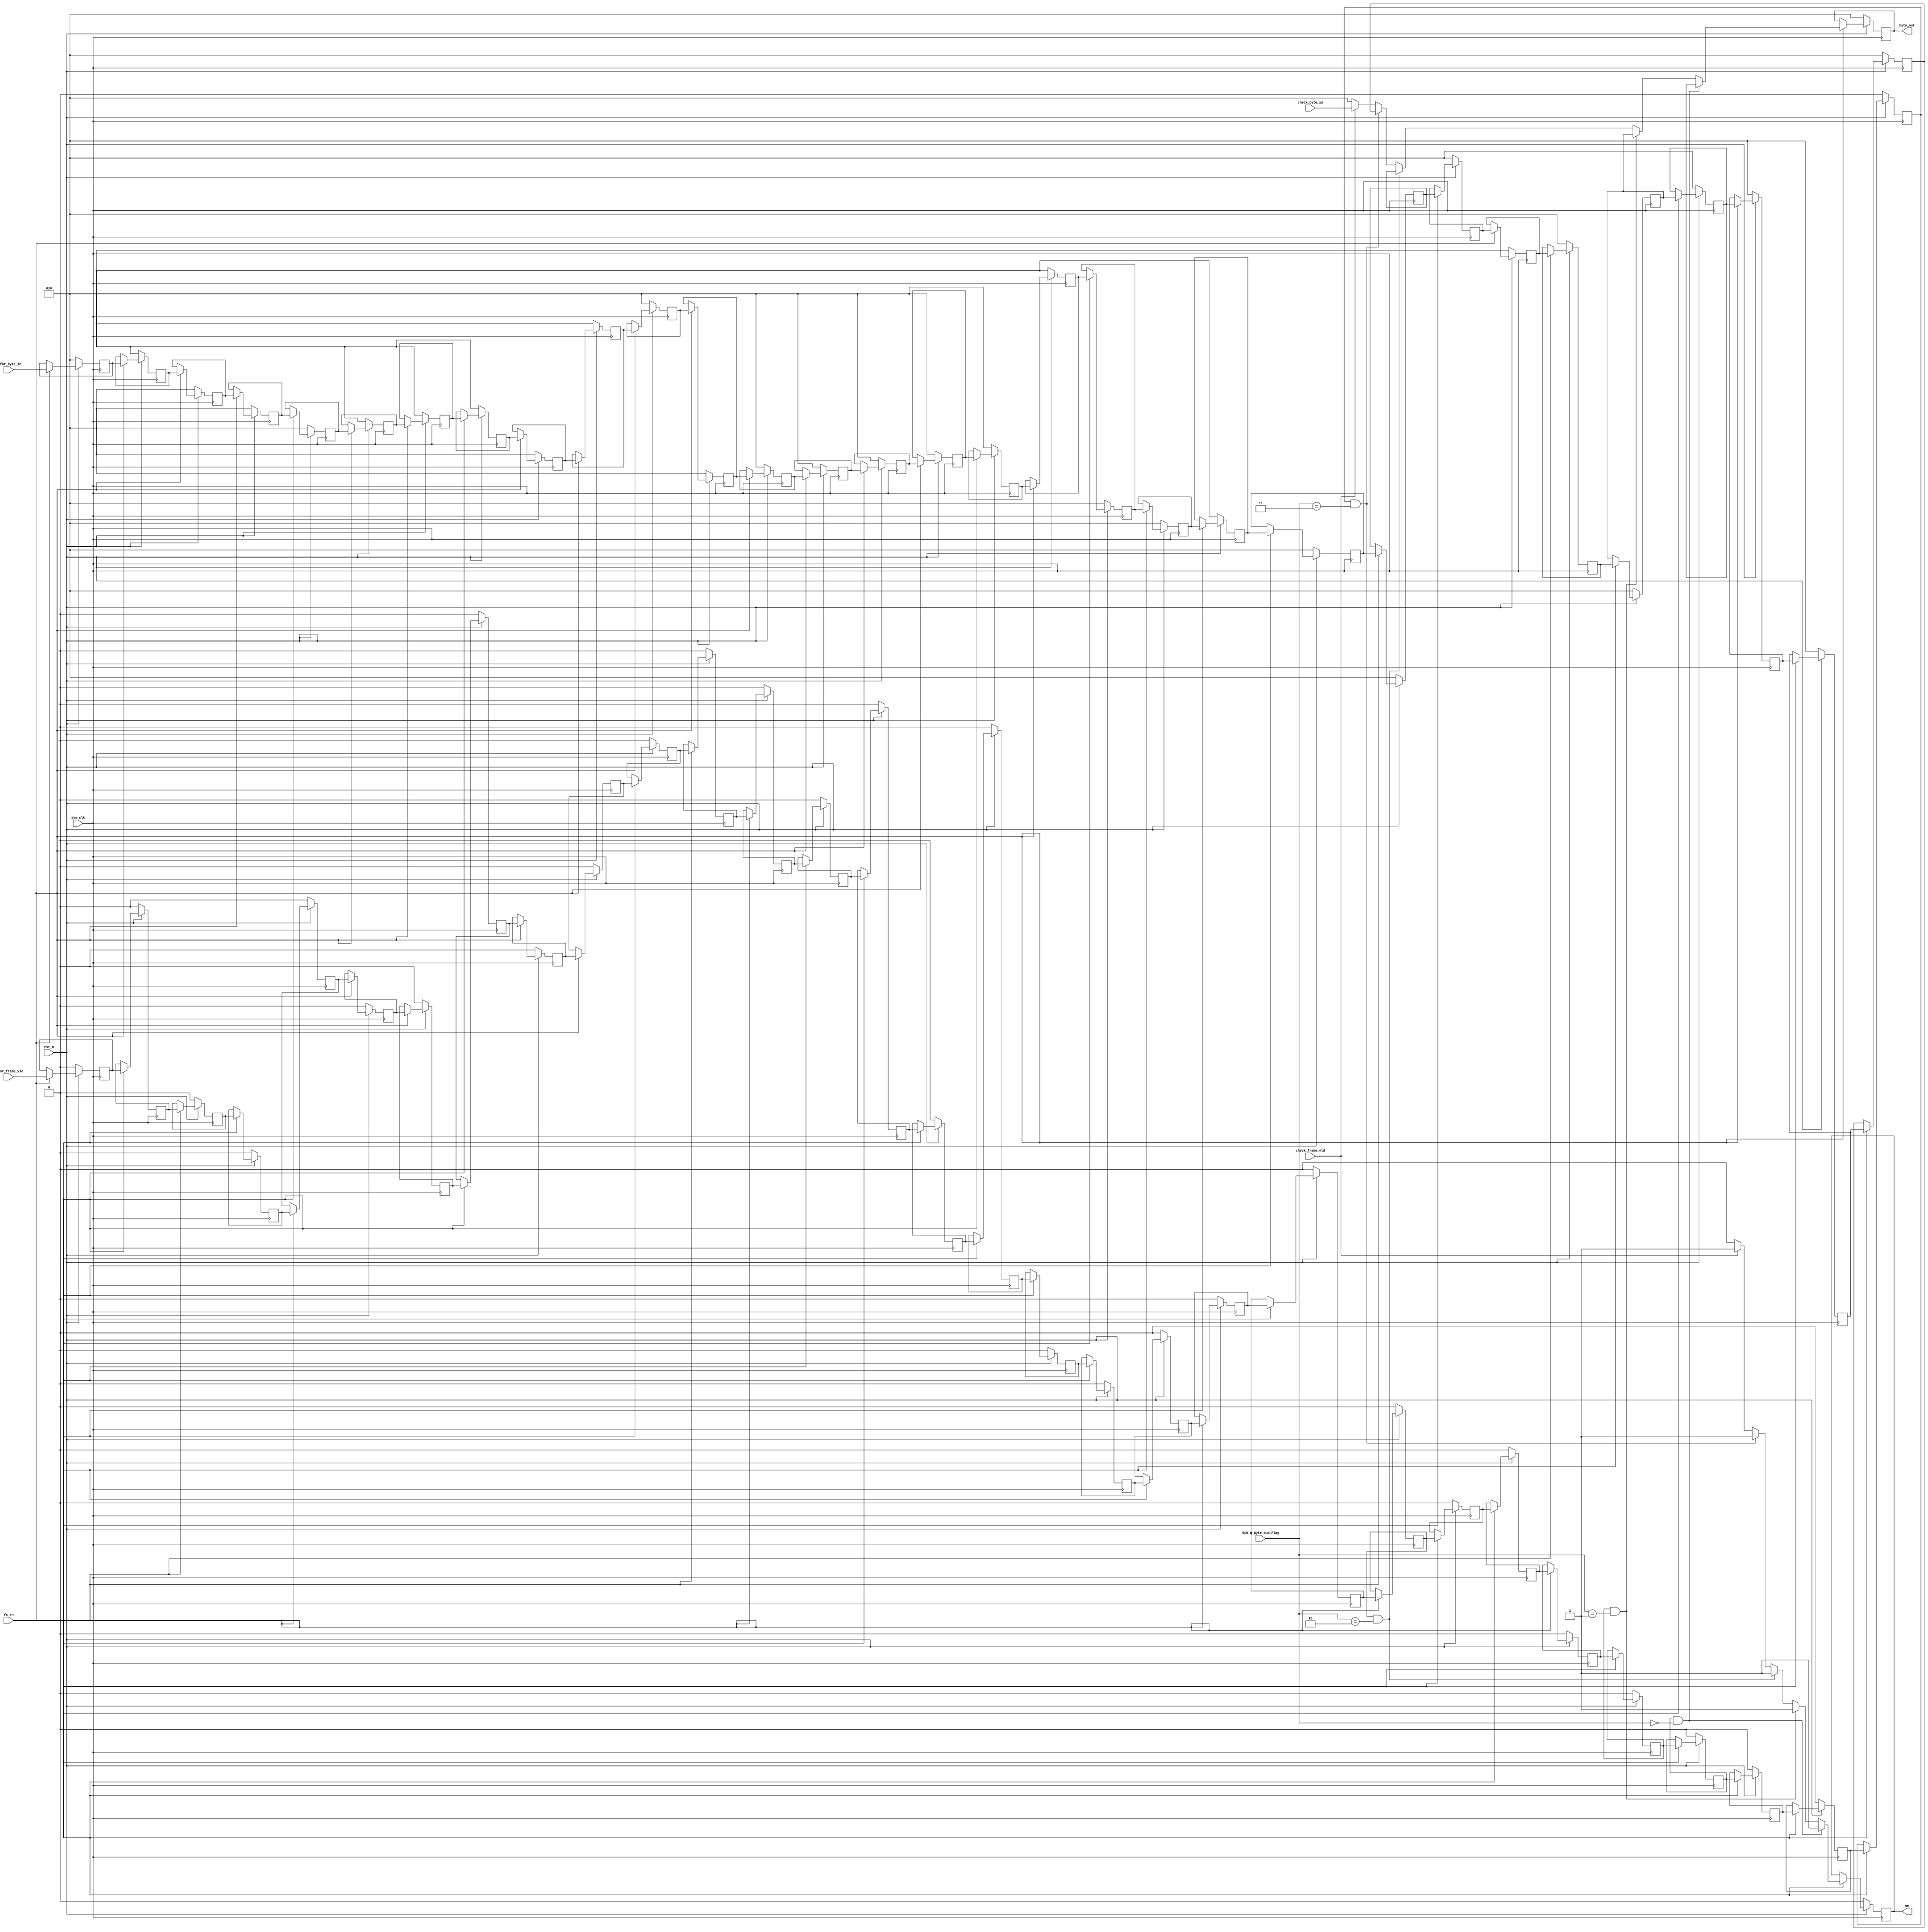

`timescale 1ns / 1ps
module bchencoder_mux(
input	          							sys_clk,
input											fs_en,
input	          							rst_n,
//////////////////////////////////////////////////////////////
input	          							infor_frame_vld,
input   			 		[7:0]     		infor_byte_in,
input	          							check_frame_vld,
input   			 		[7:0]     		check_byte_in,
input   			 		[1:0]				BCH_Q_Byte_Num_Flag,
//////////////////////////////////////////////////////////////
output  reg  								oe,
output  reg  			   	[7:0]     		byte_out
//////////////////////////////////////////////////////////////
);



reg											infor_frame_vld_1dly_reg;
reg											infor_frame_vld_2dly_reg;
reg											infor_frame_vld_3dly_reg;
reg											infor_frame_vld_4dly_reg;
reg											infor_frame_vld_5dly_reg;
reg											infor_frame_vld_6dly_reg;
reg											infor_frame_vld_7dly_reg;
reg											infor_frame_vld_8dly_reg;
reg											infor_frame_vld_9dly_reg;
reg											infor_frame_vld_10dly_reg;
reg											infor_frame_vld_11dly_reg;
reg											infor_frame_vld_12dly_reg;
reg											infor_frame_vld_13dly_reg;
reg											infor_frame_vld_14dly_reg;
reg											infor_frame_vld_15dly_reg;
reg											infor_frame_vld_16dly_reg;
reg											infor_frame_vld_17dly_reg;
reg											infor_frame_vld_18dly_reg;
reg											infor_frame_vld_19dly_reg;
reg											infor_frame_vld_20dly_reg;
reg											infor_frame_vld_21dly_reg;
reg											infor_frame_vld_22dly_reg;
reg											infor_frame_vld_23dly_reg;
reg											infor_frame_vld_24dly_reg;
reg											infor_frame_vld_25dly_reg;
reg											infor_frame_vld_26dly_reg;
reg											infor_frame_vld_27dly_reg;
reg											infor_frame_vld_28dly_reg;
reg											infor_frame_vld_29dly_reg;
reg											infor_frame_vld_30dly_reg;
reg											infor_frame_vld_31dly_reg;       

reg							[7:0]			infor_byte_in_1dly_reg;
reg							[7:0]			infor_byte_in_2dly_reg;
reg							[7:0]			infor_byte_in_3dly_reg;
reg							[7:0]			infor_byte_in_4dly_reg;
reg							[7:0]			infor_byte_in_5dly_reg;
reg							[7:0]			infor_byte_in_6dly_reg;
reg							[7:0]			infor_byte_in_7dly_reg;
reg							[7:0]			infor_byte_in_8dly_reg;
reg							[7:0]			infor_byte_in_9dly_reg;
reg							[7:0]			infor_byte_in_10dly_reg;
reg							[7:0]			infor_byte_in_11dly_reg;
reg							[7:0]			infor_byte_in_12dly_reg;
reg							[7:0]			infor_byte_in_13dly_reg;
reg							[7:0]			infor_byte_in_14dly_reg;
reg							[7:0]			infor_byte_in_15dly_reg;
reg							[7:0]			infor_byte_in_16dly_reg;
reg							[7:0]			infor_byte_in_17dly_reg;
reg							[7:0]			infor_byte_in_18dly_reg;
reg							[7:0]			infor_byte_in_19dly_reg;
reg							[7:0]			infor_byte_in_20dly_reg;
reg							[7:0]			infor_byte_in_21dly_reg;
reg							[7:0]			infor_byte_in_22dly_reg;
reg							[7:0]			infor_byte_in_23dly_reg;
reg							[7:0]			infor_byte_in_24dly_reg;
reg							[7:0]			infor_byte_in_25dly_reg;
reg							[7:0]			infor_byte_in_26dly_reg;
reg							[7:0]			infor_byte_in_27dly_reg;
reg							[7:0]			infor_byte_in_28dly_reg;
reg							[7:0]			infor_byte_in_29dly_reg;
reg							[7:0]			infor_byte_in_30dly_reg;
reg							[7:0]			infor_byte_in_31dly_reg;

always @(posedge sys_clk)begin
	if(~rst_n)begin
		infor_byte_in_1dly_reg <= 8'b00000000;
		infor_byte_in_2dly_reg <= 8'b00000000;
		infor_byte_in_3dly_reg <= 8'b00000000;
		infor_byte_in_4dly_reg <= 8'b00000000;
		infor_byte_in_5dly_reg <= 8'b00000000;
		infor_byte_in_6dly_reg <= 8'b00000000;
		infor_byte_in_7dly_reg <= 8'b00000000;
		infor_byte_in_8dly_reg <= 8'b00000000;
		infor_byte_in_9dly_reg <= 8'b00000000;
		infor_byte_in_10dly_reg <= 8'b00000000;
		infor_byte_in_11dly_reg <= 8'b00000000;
		infor_byte_in_12dly_reg <= 8'b00000000;
		infor_byte_in_13dly_reg <= 8'b00000000;
		infor_byte_in_14dly_reg <= 8'b00000000;
		infor_byte_in_15dly_reg <= 8'b00000000;
		infor_byte_in_16dly_reg <= 8'b00000000;
		infor_byte_in_17dly_reg <= 8'b00000000;
		infor_byte_in_18dly_reg <= 8'b00000000;
		infor_byte_in_19dly_reg <= 8'b00000000;
		infor_byte_in_20dly_reg <= 8'b00000000;
		infor_byte_in_21dly_reg <= 8'b00000000;
		infor_byte_in_22dly_reg <= 8'b00000000;
		infor_byte_in_23dly_reg <= 8'b00000000;
		infor_byte_in_24dly_reg <= 8'b00000000;
		infor_byte_in_25dly_reg <= 8'b00000000;
		infor_byte_in_26dly_reg <= 8'b00000000;
		infor_byte_in_27dly_reg <= 8'b00000000;
		infor_byte_in_28dly_reg <= 8'b00000000;
		infor_byte_in_29dly_reg <= 8'b00000000;
		infor_byte_in_30dly_reg <= 8'b00000000;
		infor_byte_in_31dly_reg <= 8'b00000000;
			
		infor_frame_vld_1dly_reg <= 1'b0;
		infor_frame_vld_2dly_reg <= 1'b0;
		infor_frame_vld_3dly_reg <= 1'b0;
		infor_frame_vld_4dly_reg <= 1'b0;
		infor_frame_vld_5dly_reg <= 1'b0;
		infor_frame_vld_6dly_reg <= 1'b0;
		infor_frame_vld_7dly_reg <= 1'b0;
		infor_frame_vld_8dly_reg <= 1'b0;
		infor_frame_vld_9dly_reg <= 1'b0;
		infor_frame_vld_10dly_reg <= 1'b0;
		infor_frame_vld_11dly_reg <= 1'b0;
		infor_frame_vld_12dly_reg <= 1'b0;
		infor_frame_vld_13dly_reg <= 1'b0;
		infor_frame_vld_14dly_reg <= 1'b0;
		infor_frame_vld_15dly_reg <= 1'b0;
		infor_frame_vld_16dly_reg <= 1'b0;
		infor_frame_vld_17dly_reg <= 1'b0;
		infor_frame_vld_18dly_reg <= 1'b0;
		infor_frame_vld_19dly_reg <= 1'b0;
		infor_frame_vld_20dly_reg <= 1'b0;
		infor_frame_vld_21dly_reg <= 1'b0;
		infor_frame_vld_22dly_reg <= 1'b0;
		infor_frame_vld_23dly_reg <= 1'b0;
		infor_frame_vld_24dly_reg <= 1'b0;
		infor_frame_vld_25dly_reg <= 1'b0;
		infor_frame_vld_26dly_reg <= 1'b0;
		infor_frame_vld_27dly_reg <= 1'b0;
		infor_frame_vld_28dly_reg <= 1'b0;
		infor_frame_vld_29dly_reg <= 1'b0;
		infor_frame_vld_30dly_reg <= 1'b0;
		infor_frame_vld_31dly_reg <= 1'b0;	
	end
	else if(fs_en == 1'b1)begin
		infor_byte_in_1dly_reg  <= infor_byte_in;
		infor_byte_in_2dly_reg  <= infor_byte_in_1dly_reg ;
		infor_byte_in_3dly_reg  <= infor_byte_in_2dly_reg ;
		infor_byte_in_4dly_reg  <= infor_byte_in_3dly_reg ;
		infor_byte_in_5dly_reg  <= infor_byte_in_4dly_reg ;
		infor_byte_in_6dly_reg  <= infor_byte_in_5dly_reg ;
		infor_byte_in_7dly_reg  <= infor_byte_in_6dly_reg ;
		infor_byte_in_8dly_reg  <= infor_byte_in_7dly_reg ;
		infor_byte_in_9dly_reg  <= infor_byte_in_8dly_reg ;
		infor_byte_in_10dly_reg <= infor_byte_in_9dly_reg ;
		infor_byte_in_11dly_reg <= infor_byte_in_10dly_reg;
		infor_byte_in_12dly_reg <= infor_byte_in_11dly_reg;
		infor_byte_in_13dly_reg <= infor_byte_in_12dly_reg;
		infor_byte_in_14dly_reg <= infor_byte_in_13dly_reg;
		infor_byte_in_15dly_reg <= infor_byte_in_14dly_reg;
		infor_byte_in_16dly_reg <= infor_byte_in_15dly_reg;
		infor_byte_in_17dly_reg <= infor_byte_in_16dly_reg;
		infor_byte_in_18dly_reg <= infor_byte_in_17dly_reg;
		infor_byte_in_19dly_reg <= infor_byte_in_18dly_reg;
		infor_byte_in_20dly_reg <= infor_byte_in_19dly_reg;
		infor_byte_in_21dly_reg <= infor_byte_in_20dly_reg;
		infor_byte_in_22dly_reg <= infor_byte_in_21dly_reg;
		infor_byte_in_23dly_reg <= infor_byte_in_22dly_reg;
		infor_byte_in_24dly_reg <= infor_byte_in_23dly_reg;
		infor_byte_in_25dly_reg <= infor_byte_in_24dly_reg;
		infor_byte_in_26dly_reg <= infor_byte_in_25dly_reg;
		infor_byte_in_27dly_reg <= infor_byte_in_26dly_reg;
		infor_byte_in_28dly_reg <= infor_byte_in_27dly_reg;
		infor_byte_in_29dly_reg <= infor_byte_in_28dly_reg;
		infor_byte_in_30dly_reg <= infor_byte_in_29dly_reg;
		infor_byte_in_31dly_reg <= infor_byte_in_30dly_reg;
	                                       
		infor_frame_vld_1dly_reg <= infor_frame_vld ;
		infor_frame_vld_2dly_reg <= infor_frame_vld_1dly_reg ;
		infor_frame_vld_3dly_reg <= infor_frame_vld_2dly_reg ;
		infor_frame_vld_4dly_reg <= infor_frame_vld_3dly_reg ;
		infor_frame_vld_5dly_reg <= infor_frame_vld_4dly_reg ;
		infor_frame_vld_6dly_reg <= infor_frame_vld_5dly_reg ;
		infor_frame_vld_7dly_reg <= infor_frame_vld_6dly_reg ;
		infor_frame_vld_8dly_reg <= infor_frame_vld_7dly_reg ;
		infor_frame_vld_9dly_reg <= infor_frame_vld_8dly_reg ;
		infor_frame_vld_10dly_reg <=infor_frame_vld_9dly_reg ;
		infor_frame_vld_11dly_reg <=infor_frame_vld_10dly_reg;
		infor_frame_vld_12dly_reg <=infor_frame_vld_11dly_reg;
		infor_frame_vld_13dly_reg <=infor_frame_vld_12dly_reg;
		infor_frame_vld_14dly_reg <=infor_frame_vld_13dly_reg;
		infor_frame_vld_15dly_reg <=infor_frame_vld_14dly_reg;
		infor_frame_vld_16dly_reg <=infor_frame_vld_15dly_reg;
		infor_frame_vld_17dly_reg <=infor_frame_vld_16dly_reg;
		infor_frame_vld_18dly_reg <=infor_frame_vld_17dly_reg;
		infor_frame_vld_19dly_reg <=infor_frame_vld_18dly_reg;
		infor_frame_vld_20dly_reg <=infor_frame_vld_19dly_reg;
		infor_frame_vld_21dly_reg <=infor_frame_vld_20dly_reg;
		infor_frame_vld_22dly_reg <=infor_frame_vld_21dly_reg;
		infor_frame_vld_23dly_reg <=infor_frame_vld_22dly_reg;
		infor_frame_vld_24dly_reg <=infor_frame_vld_23dly_reg;
		infor_frame_vld_25dly_reg <=infor_frame_vld_24dly_reg;
		infor_frame_vld_26dly_reg <=infor_frame_vld_25dly_reg;
		infor_frame_vld_27dly_reg <=infor_frame_vld_26dly_reg;
		infor_frame_vld_28dly_reg <=infor_frame_vld_27dly_reg;
		infor_frame_vld_29dly_reg <=infor_frame_vld_28dly_reg;
		infor_frame_vld_30dly_reg <=infor_frame_vld_29dly_reg;
		infor_frame_vld_31dly_reg <=infor_frame_vld_30dly_reg;	
	end
	else begin
	end
end



always @(posedge sys_clk)begin
	if(~rst_n)begin
		oe <= 1'b0;
		byte_out <= 8'b00000000;
	end
	else if(fs_en == 1'b1)begin
		if((infor_frame_vld_28dly_reg == 1)&&(BCH_Q_Byte_Num_Flag == 2'b00))begin///////////////////// 21+1+1+5 delaysalign
			oe <= 1'b1;
			byte_out <= infor_byte_in_28dly_reg;
		end
		else if((infor_frame_vld_27dly_reg == 1)&&(BCH_Q_Byte_Num_Flag == 2'b01))begin///////////////////// 20+1+1+5 delaysalign
			oe <= 1'b1;
			byte_out <= infor_byte_in_27dly_reg;
		end
		else if((infor_frame_vld_23dly_reg == 1)&&(BCH_Q_Byte_Num_Flag == 2'b10))begin///////////////////// 16+1+1+5 delaysalign
			oe <= 1'b1;
			byte_out <= infor_byte_in_23dly_reg;
		end
		else if((infor_frame_vld_31dly_reg == 1)&&(BCH_Q_Byte_Num_Flag == 2'b11))begin///////////////////// 24+1+1+5 delaysalign
			oe <= 1'b1;
			byte_out <= infor_byte_in_31dly_reg;
		end
		else if(check_frame_vld == 1)begin
			oe <= 1'b1;
			byte_out <= check_byte_in;
		end
		else begin
			oe <= 1'b0;
			byte_out <= 8'b00000000;
		end
	end
	else begin
	end
end

endmodule